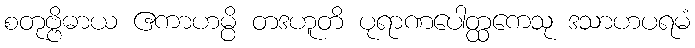
စတုဗ္ဗိဓာယ ဧကာဟမ္ပိ တဒဟူတိ ပုရာဏပေါတ္ထကေသု ဒသာဟပရမံ